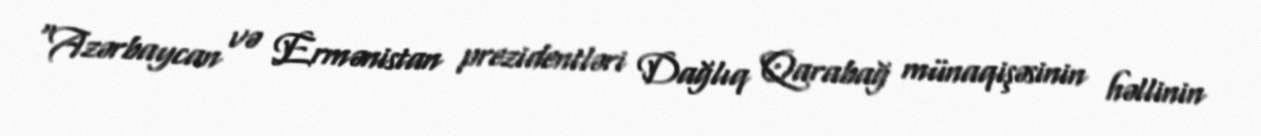
“Azərbaycan və Ermənistan prezidentləri Dağlıq Qarabağ münaqişəsinin həllinin